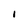
Character: 1